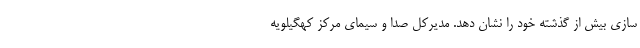
سازی بیش از گذشته خود را نشان دهد. مدیرکل صدا و سیمای مرکز کهگیلویه